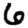
Digit: 6